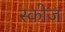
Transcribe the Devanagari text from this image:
स्कोज